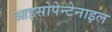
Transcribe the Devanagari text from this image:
आइसोपेन्टेनाइल